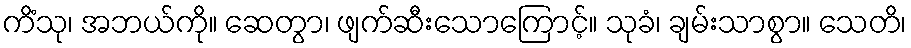
ကိံသု၊ အဘယ်ကို။ ဆေတွာ၊ ဖျက်ဆီးသောကြောင့်။ သုခံ၊ ချမ်းသာစွာ။ သေတိ၊